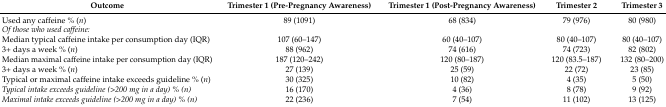
<table><thead><tr><td><b>Outcome</b></td><td><b>Trimester 1 (Pre-Pregnancy Awareness)</b></td><td><b>Trimester 1 (Post-Pregnancy Awareness)</b></td><td><b>Trimester 2</b></td><td><b>Trimester 3</b></td></tr></thead><tbody><tr><td>Used any caffeine % (<i>n</i>)</td><td>89 (1091)</td><td>68 (834)</td><td>79 (976)</td><td>80 (980)</td></tr><tr><td><i>Of those who used caffeine:</i></td><td></td><td></td><td></td><td></td></tr><tr><td>Median typical caffeine intake per consumption day (IQR)</td><td>107 (60–147)</td><td>60 (40–107)</td><td>80 (40–107)</td><td>80 (40–107)</td></tr><tr><td>3+ days a week % (<i>n</i>)</td><td>88 (962)</td><td>74 (616)</td><td>74 (723)</td><td>82 (802)</td></tr><tr><td>Median maximal caffeine intake per consumption day (IQR)</td><td>187 (120–242)</td><td>120 (80–187)</td><td>120 (83.5–187)</td><td>132 (80–200)</td></tr><tr><td>3+ days a week % (<i>n</i>)</td><td>27 (139)</td><td>25 (59)</td><td>22 (72)</td><td>23 (85)</td></tr><tr><td>Typical or maximal caffeine intake exceeds guideline % (<i>n</i>)</td><td>30 (325)</td><td>10 (82)</td><td>4 (35)</td><td>5 (50)</td></tr><tr><td><i>Typical intake exceeds guideline (&gt;200 mg in a day) % (n)</i></td><td>16 (170)</td><td>4 (36)</td><td>8 (78)</td><td>9 (92)</td></tr><tr><td><i>Maximal intake exceeds guideline (&gt;200 mg in a day) % (n)</i></td><td>22 (236)</td><td>7 (54)</td><td>11 (102)</td><td>13 (125)</td></tr></tbody></table>